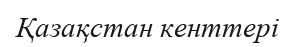
Қазақстан кенттері